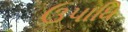
ઉપાધિ